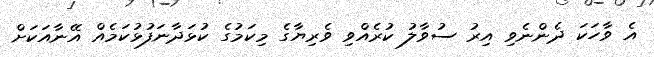
އެ ވާހަކަ ދެންނެވި އިރު ސުވާލު ކުރެއްވި ވެރިޔާގެ މިކަމުގެ ކުޅަދާނަފުޅުކަމެއް އޭނާއަކަށް